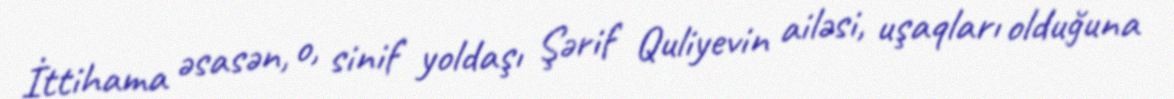
İttihama əsasən, o, sinif yoldaşı Şərif Quliyevin ailəsi, uşaqları olduğuna